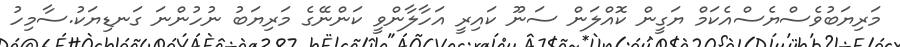
މަރިޔަބުވެސްޔެސްއެކަމް ޔަގީން ކޮއްލަން ސަނޫ ކައިރީ އަހާލާންވީ ކަންނޭގެ މަރިޔަބު ނުހުންނަ ގަނޑިޔަކު.ސާމިހު